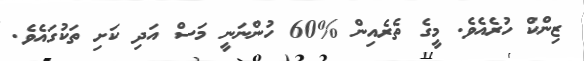
ޒިންކް ހުރެއެވެ. މީގެ ތެރެއިން %60 ހުންނަނީ މަސް އަދި ކަށި ތަކުގައެވެ.